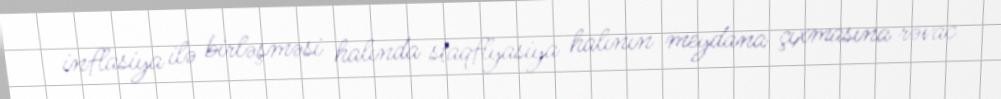
inflasiya ilə birləşməsi halında staqflyasiya halının meydana çıxmasına rəvac